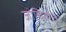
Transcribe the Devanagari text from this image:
जोचिबाचे